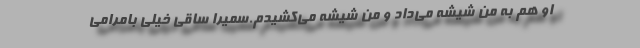
او هم به من شیشه می‌داد و من شیشه می‌کشیدم.سمیرا ساقی خیلی بامرامی